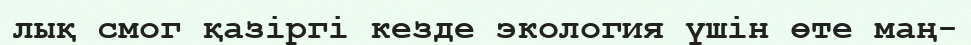
лық смог қазіргі кезде экология үшін өте маң-